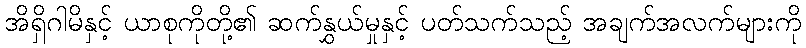
အိရှိဂါမိနှင့် ယာစုကိုတို့၏ ဆက်နွှယ်မှုနှင့် ပတ်သက်သည့် အချက်အလက်များကို